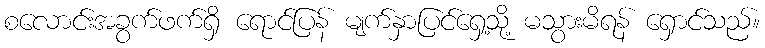
စလောင်းအခွက်ဖက်ရှိ ရောင်ပြန် မျက်နှာပြင်ရှေ့သို့ မသွားမိရန် ရှောင်သည်။